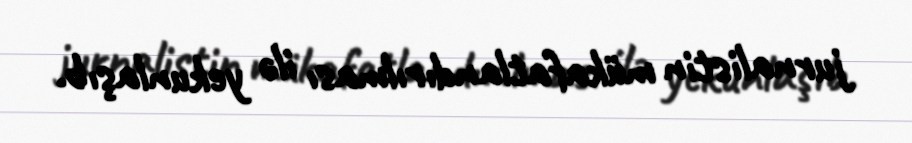
jurnalistin mükafatlandırılması ilə yekunlaşıb.